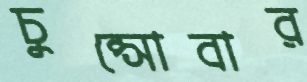
চুপ্‌সোবার